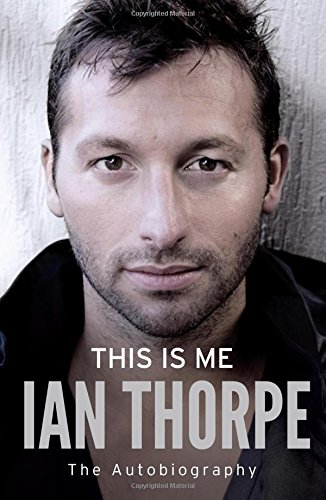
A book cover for This Is Me; Ian Thorpe; Sports & Outdoors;